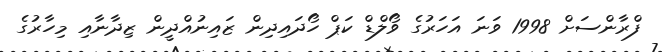
ފްރާންސަށް 1998 ވަނަ އަހަރުގެ ވޯލްޑް ކަޕް ހޯދައިދިން ޒައިނުއްދީން ޒިދާނާއި މިހާރުގެ